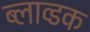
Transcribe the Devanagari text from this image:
ब्लाव्डक